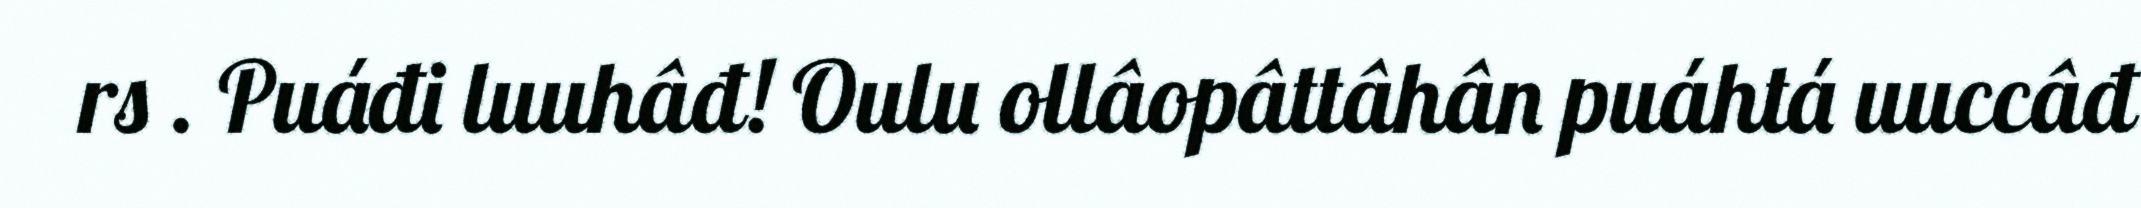
rs . Puáđi luuhâđ! Oulu ollâopâttâhân puáhtá uuccâđ